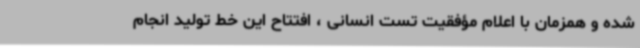
شده و همزمان با اعلام مؤفقیت تست انسانی ، افتتاح این خط تولید انجام